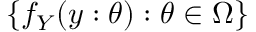
\{ f _ { Y } ( y : \theta ) : \theta \in \Omega \}